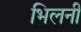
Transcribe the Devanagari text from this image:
भिलनी